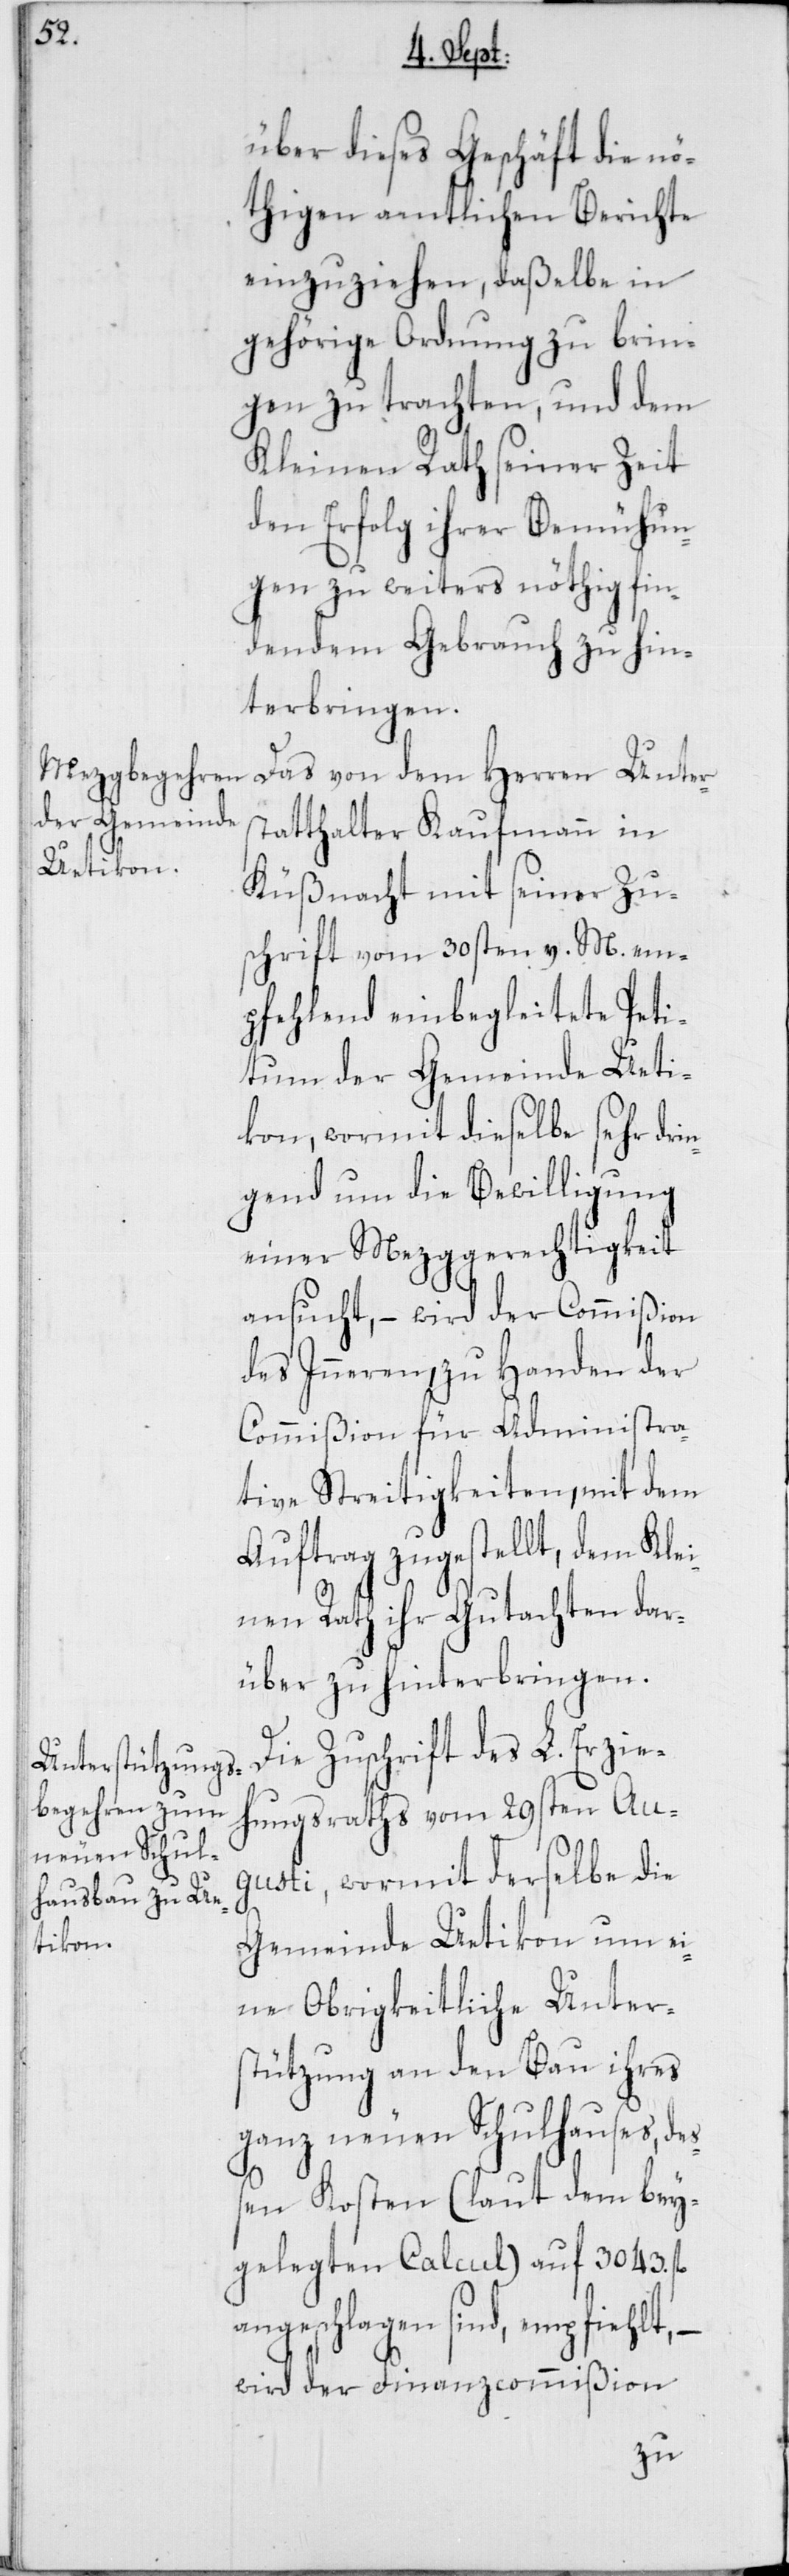
über dieses Geschäft die nö¬
thigen amtlichen Berichte
einzuziehen, daßelbe in
gehörige Ordnung zu brin¬
gen zu trachten, und dem
Kleinen Rath seiner Zeit
den Erfolg ihrer Bemühun¬
gen zu weiters nöthig fin¬
dendem Gebrauch zu hin¬
terbringen.
Das von dem Herren Unter¬
statthalter Kaufmann in
Küßnacht mit seiner Zu¬
schrift vom 30sten v. M. em¬
pfehlend einbegleitete Peti¬
tum der Gemeinde Ueti¬
kon, wormit dieselbe sehr dri¬
ngend um die Bewilligung
einer Mezggerechtigkeit
ansucht, – wird der Commißion
des Inneren, zu Handen der
Commißion für Administra¬
tive Streitigkeiten, mit dem
Auftrag zugestellt, dem Klei¬
nen Rath ihr Gutachten dar¬
über zu hinterbringen.
Die Zuschrift des L. Erzie¬
hungsraths vom 29sten Au¬
gusti, wormit derselbe die
Gemeinde Uetikon um ei¬
ne Obrigkeitliche Unter¬
stützung an den Bau ihres
ganz neuen Schulhauses, de¬
ßen Kosten (laut dem bey¬
gelegten Calcul) auf 3043. fl.
angeschlagen sind, empfiehlt, –
wird der Finanzcommißion